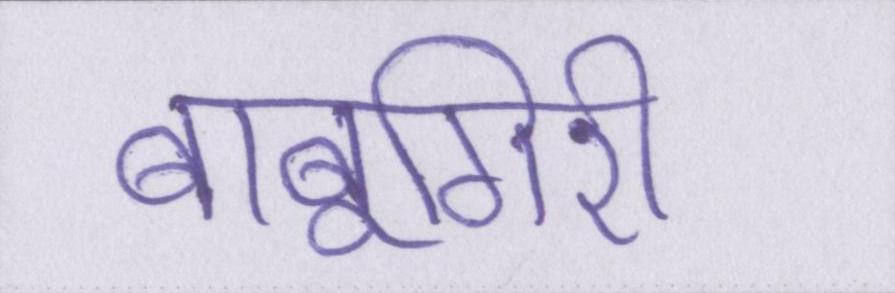
बाबूगिरी